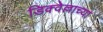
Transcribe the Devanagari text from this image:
डिक्वेल्लाच्या